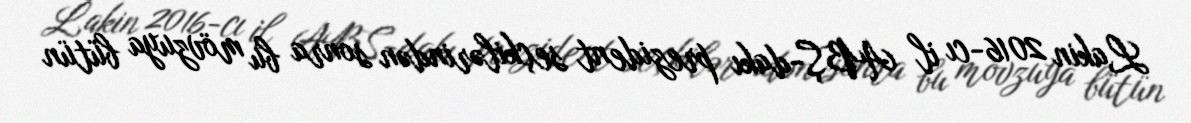
Lakin 2016-cı il ABŞ-dakı prezident seçkilərindən sonra bu mövzuya bütün